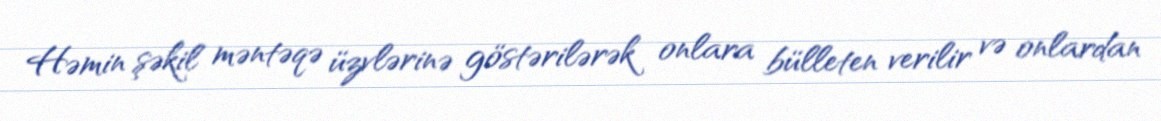
Həmin şəkil məntəqə üzvlərinə göstərilərək onlara bülleten verilir və onlardan